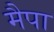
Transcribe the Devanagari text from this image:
मैपा